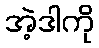
အဲ့ဒါကို